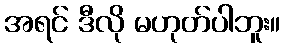
အရင် ဒီလို မဟုတ်ပါဘူး။